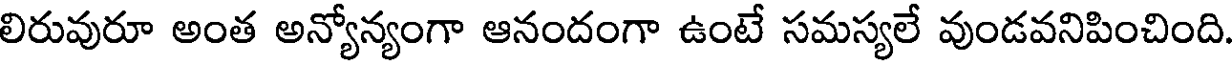
లిరువురూ అంత అన్యోన్యంగా ఆనందంగా ఉంటే సమస్యలే వుండవనిపించింది